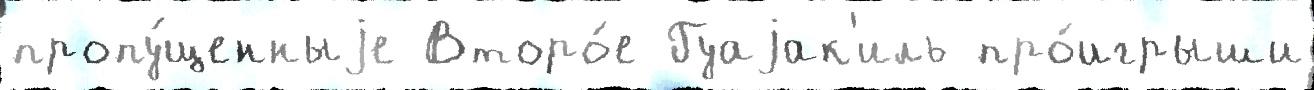
пропу́щенныjе Второ́е Гуаjак'иль про́игрыши